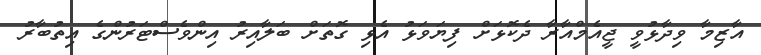
އާޒިމާ ވިދާޅުވީ ޖީއެމްއާރާ ދެކޮޅަށް ފިޔަވަޅު އެޅި ގޮތަށް ބަލާއިރު އިންވެސްޓަރުންގެ އިތުބާރު